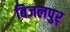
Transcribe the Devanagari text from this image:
बिजलपुर्